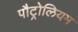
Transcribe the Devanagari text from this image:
पौट्रोलियम